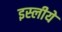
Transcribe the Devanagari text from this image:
इस्लीये